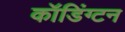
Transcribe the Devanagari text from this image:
कॉडिंग्टन